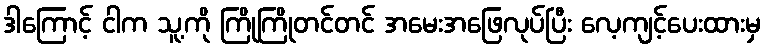
ဒါကြောင့် ငါက သူ့ကို ကြိုကြိုတင်တင် အမေးအဖြေလုပ်ပြီး လေ့ကျင့်ပေးထားမှ